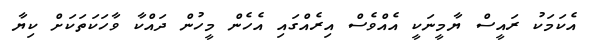
އެކަމަކު ރައީސް ޔާމީނަކީ އެއްވެސް އިރެއްގައި އެހެން މީހުން ދައްކާ ވާހަކަތަކަށް ކިޔާ